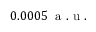
0 . 0 0 0 5 \, \mathrm { ~ a ~ . ~ u ~ . ~ }